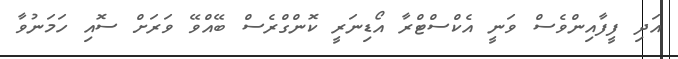
އަދި ފީފާއިންވެސް ވަނީ އެކްސްޓްރާ އޯޑިނަރީ ކޮންގްރެސް ބޭއްވޭ ވަރަށް ސޮއި ހަމަނުވާ